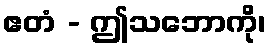
ဧတံ - ဤသဘောကို၊